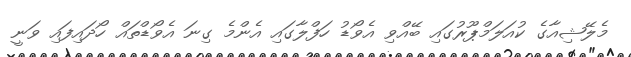
މެލޭޝިއާގެ ކުއަލަމްޕޫރުގައި ބޭއްވި އެވޯޑު ހަފްލާގައި އެންމެ ގިނަ އެވޯޑްތައް ހޯދައިފައި ވަނީ